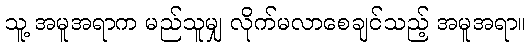
သူ့ အမူအရာက မည်သူမျှ လိုက်မလာစေချင်သည့် အမူအရာ။